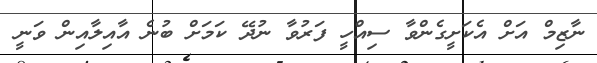
ނާޒިމް އަށް އެކަށީގެންވާ ސިއްހީ ފަރުވާ ނުދޭ ކަމަށް ބުނެ އާއިލާއިން ވަނީ